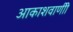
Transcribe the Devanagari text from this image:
आकाशवाणीी